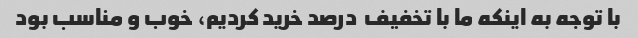
با توجه به اینکه ما با تخفیف  درصد خرید کردیم، خوب و مناسب بود